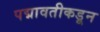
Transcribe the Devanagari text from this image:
पद्मावतीकडून